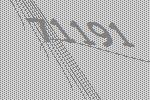
71191